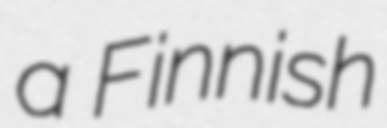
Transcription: a Finnish